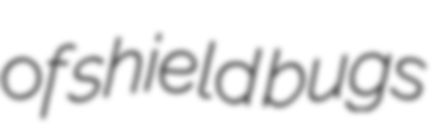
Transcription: of shield bugs